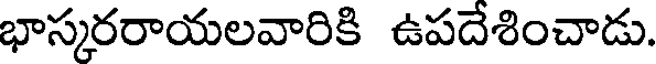
భాస్కరరాయలవారికి ఉపదేశించాడు.